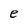
Character: e